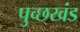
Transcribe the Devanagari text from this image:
पुच्छखंड